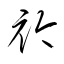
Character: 衿